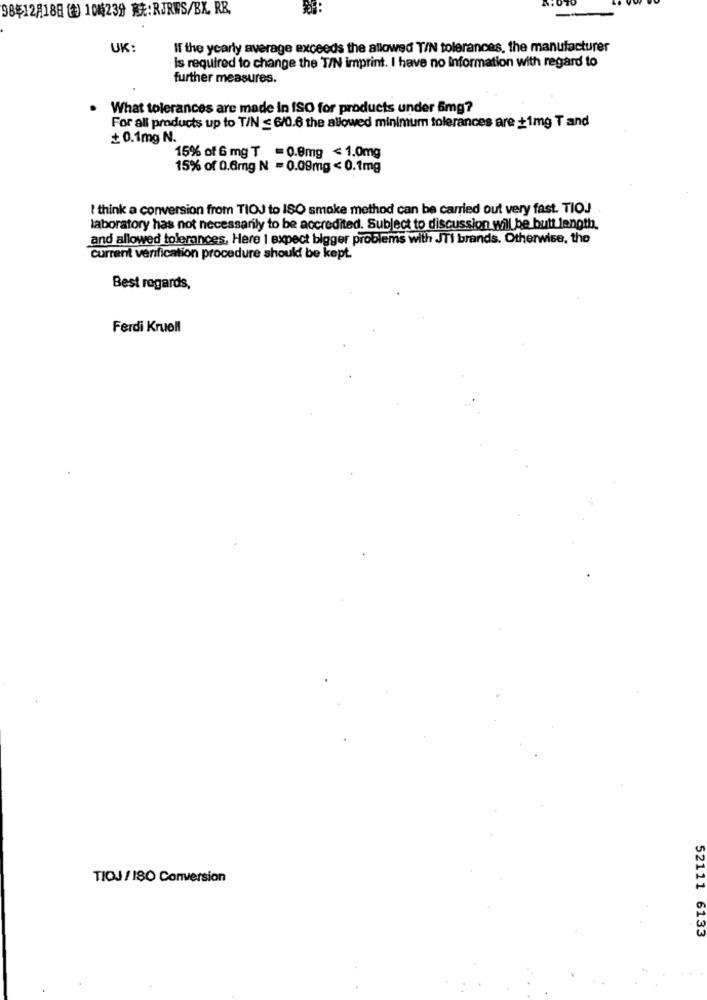
98年12月18日(金) 10時23分 就:RJRWS/BX, RE,
UK:
If the yearly average exceeds the allowed TIN tolerances, the manufacturer
is required to change the TIN imprint. I have no Information with regard to
further measures.
What tolerances are made In ISO for products under 5mg?
For all products up to T/N ≤ 6/0.6 the allowed minimum tolerances are +1mg T and
+ 0.1mg N.
15% of 6 mg T = 0.0mg < 1.0mg
15% of 0.6mg N = 0.09mg < 0.1mg
I think a conversion from TIOJ to ISO smoke method can be carried out very fast. TIOJ
laboratory has not necessarily to be accredited. Subject to discussion will be butt length.
and allowed tolerances, Here I expect bigger problems with JTi brands. Otherwise, the
current verification procedure should be kept.
Best regards,
Ferdi Kruell
TIOJ / ISO Conversion
52111 6133